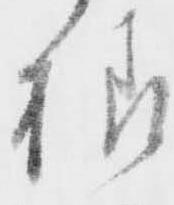
様